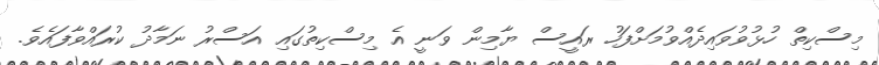
މިސްކިތް ހުޅުވުވައިދެއްވުމަށްފަހު ރައީސް ޔާމިން ވަނީ އެ މިސްކިތުގައި އަސްރު ނަމާދު ކުރައްވާފައެވެ.